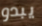
يبدو